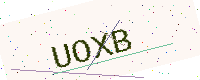
Text: UOXB